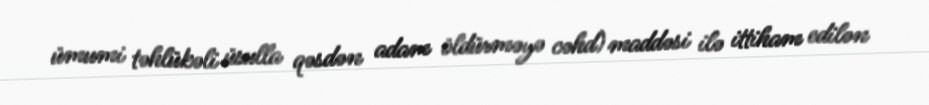
ümumi təhlükəli üsulla qəsdən adam öldürməyə cəhd) maddəsi ilə ittiham edilən